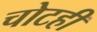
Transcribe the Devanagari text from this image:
चोटही